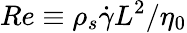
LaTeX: Re\equiv\rho_{s}\dot{\gamma}L^{2}/\eta_{0}